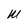
Character: W